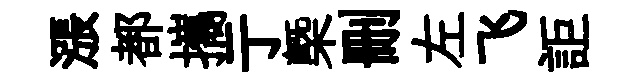
漲都攜亍㮣删左飞詎